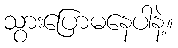
သွားပြောမနေပါနဲ့။